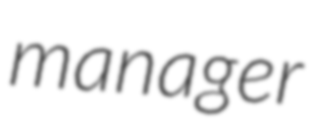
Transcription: manager